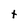
Character: t